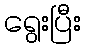
ရွေးပြီး